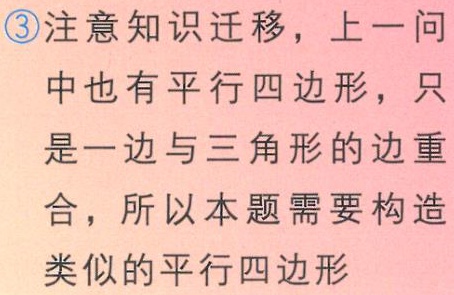
\textcircled{3}注意知识迁移，上一问

中也有平行四边形，只

是一边与三角形的边重

合，所以本题需要构造

类似的平行四边形